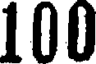
100